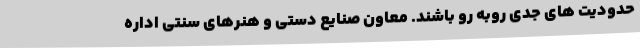
حدودیت های جدی روبه رو باشند. معاون صنایع دستی و هنرهای سنتی اداره